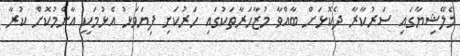
މެލޭޝިޔާގައި ސަރުކާރާ ދެކޮޅަށް ބާއްވާ މުޒާހަރާތަކުގައި ހަރުކަށި ފިޔަވަޅު އެޅުމަކީ އާންމުކޮށް ކުރާ